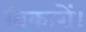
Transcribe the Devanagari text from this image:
विकारों।